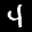
Label: 4